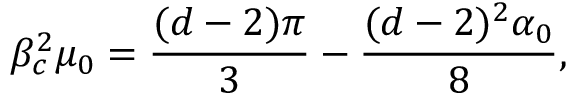
\beta _ { c } ^ { 2 } \mu _ { 0 } = \frac { ( d - 2 ) \pi } { 3 } - \frac { ( d - 2 ) ^ { 2 } \alpha _ { 0 } } { 8 } ,